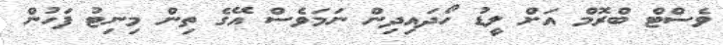
ވެސްޓް ބްރޮމް އަށް ލީޑު ހޯދައިދިން ނަމަވެސް އޭގެ ތިން މިނިޓު ފަހުން